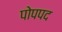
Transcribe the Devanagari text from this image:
पोपपद